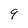
Character: 9